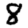
Digit: 8